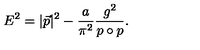
E ^ { 2 } = | \vec { p } | ^ { 2 } - \frac { a } { \pi ^ { 2 } } \frac { g ^ { 2 } } { p \circ p } .